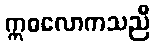
ဣဓလောကသညီ